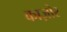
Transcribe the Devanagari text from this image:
काज़ोर